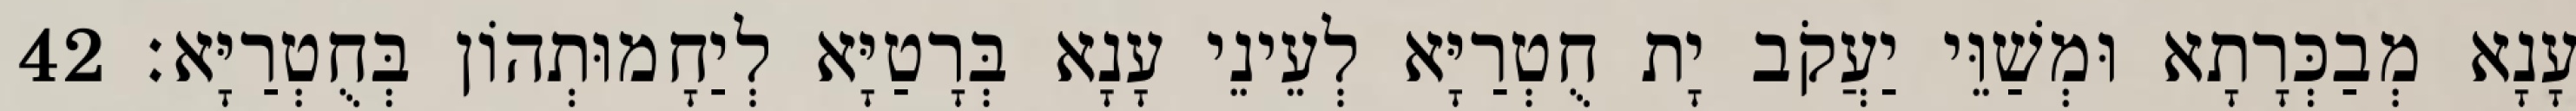
עָנָא מְבַכְּרָתָא וּמְשַׁוֵּי יַעֲקֹב יָת חֻטְרַיָּא לְעֵינֵי עָנָא בְּרָטַיָּא לְיַחָמוּתְהוֹן בְּחֻטְרַיָּא׃ 42